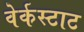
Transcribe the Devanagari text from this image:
वेर्कस्टाट